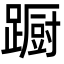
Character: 蹰